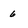
Character: 6